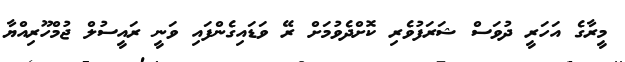
މީރާގެ އަހަރީ ދުވަސް ޝަރަފުވެރި ކޮށްދެވުމަށް ރޭ ވަޑައިގެންފައި ވަނީ ރައީސުލް ޖުމްހޫރިއްޔާ